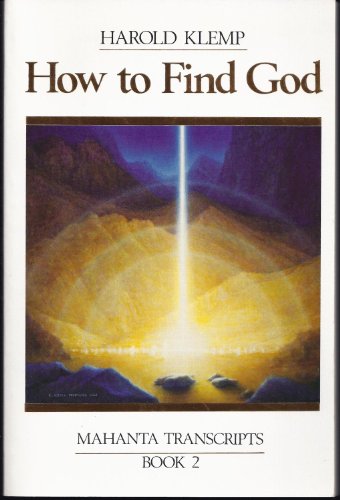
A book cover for How to Find God: Mahanta Transcripts, Book 2; Harold Klemp; Religion & Spirituality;